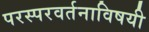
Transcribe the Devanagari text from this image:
परस्परवर्तनाविषयी